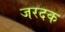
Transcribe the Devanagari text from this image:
जरदक